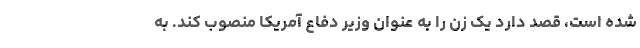
شده است، قصد دارد یک زن را به عنوان وزیر دفاع آمریکا منصوب کند. به